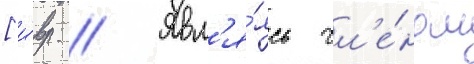
[и́вр. // Явл'я́ясь чл'е́ном